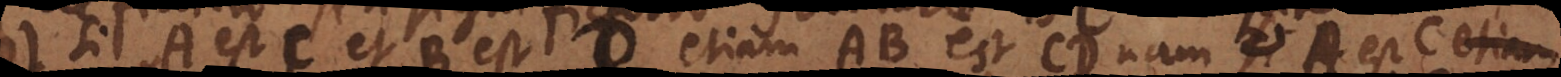
8) Si A est C et B est D etiam AB est CD nam quia A est C